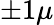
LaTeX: \pm 1\mu